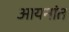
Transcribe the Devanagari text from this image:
आयनांत